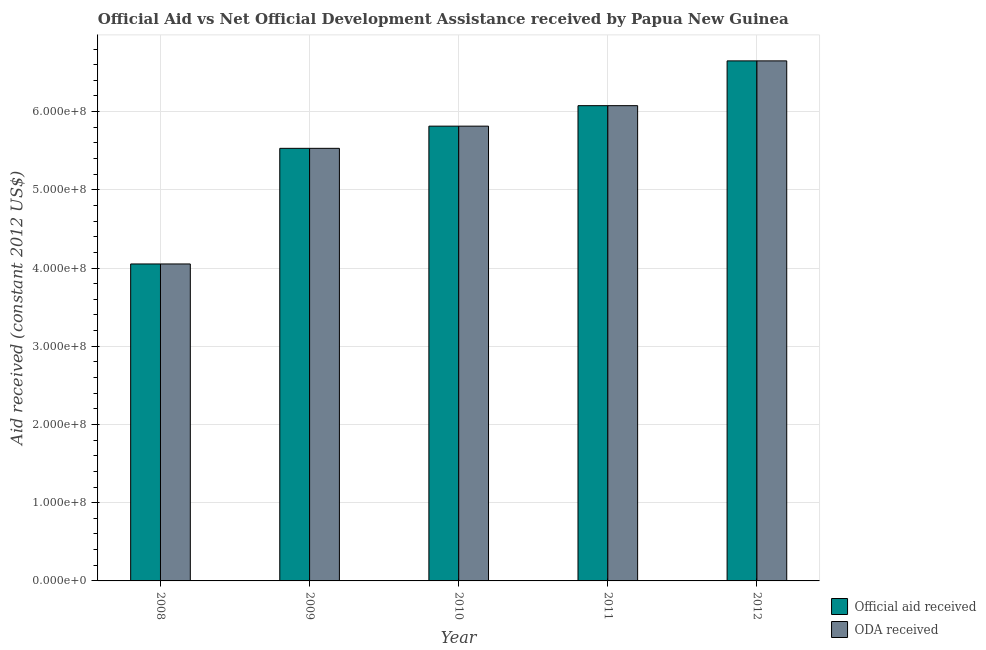
| Year | Official aid received | ODA received |
 | --- | --- | --- |
 | 2008 | 4.05e+08 | 4.05e+08 |
 | 2009 | 5.53e+08 | 5.53e+08 |
 | 2010 | 5.81e+08 | 5.81e+08 |
 | 2011 | 6.08e+08 | 6.08e+08 |
 | 2012 | 6.65e+08 | 6.65e+08 |